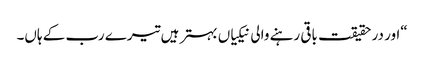
“اور در حقیقت باقی رہنے والی نیکیاں بہتر ہیں تیرے رب کے ہاں۔